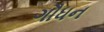
ગૌધન